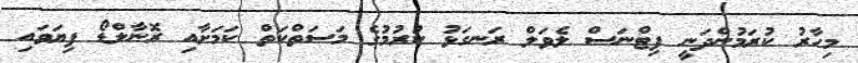
މިހާރު ކުރަމުންދަނީ ފިޓްނަސް ލެވަލް ރަނގަޅު ކުރުމުގެ މަސަތްކަތް ކަމަށާއި ރޮނާލްޑޯ ފިޔަވައި